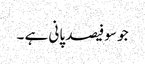
جو سو فیصد پانی ہے ۔